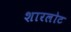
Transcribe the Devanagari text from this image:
शारलोट